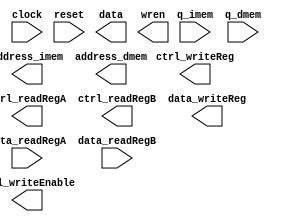
/**
 * READ THIS DESCRIPTION!
 *
 * The processor takes in several inputs from a skeleton file.
 *
 * Inputs
 * clock: this is the clock for your processor at 50 MHz
 * reset: we should be able to assert a reset to start your pc from 0 (sync or
 * async is fine)
 *
 * Imem: input data from imem
 * Dmem: input data from dmem
 * Regfile: input data from regfile
 *
 * Outputs
 * Imem: output control signals to interface with imem
 * Dmem: output control signals and data to interface with dmem
 * Regfile: output control signals and data to interface with regfile
 *
 * Notes
 *
 * Ultimately, your processor will be tested by subsituting a master skeleton, imem, dmem, so the
 * testbench can see which controls signal you active when. Therefore, there needs to be a way to
 * "inject" imem, dmem, and regfile interfaces from some external controller module. The skeleton
 * file acts as a small wrapper around your processor for this purpose.
 *
 * You will need to figure out how to instantiate two memory elements, called
 * "syncram," in Quartus: one for imem and one for dmem. Each should take in a
 * 12-bit address and allow for storing a 32-bit value at each address. Each
 * should have a single clock.
 *
 * Each memory element should have a corresponding .mif file that initializes
 * the memory element to certain value on start up. These should be named
 * imem.mif and dmem.mif respectively.
 *
 * Importantly, these .mif files should be placed at the top level, i.e. there
 * should be an imem.mif and a dmem.mif at the same level as process.v. You
 * should figure out how to point your generated imem.v and dmem.v files at
 * these MIF files.
 *
 * imem
 * Inputs:  12-bit address, 1-bit clock enable, and a clock
 * Outputs: 32-bit instruction
 *
 * dmem
 * Inputs:  12-bit address, 1-bit clock, 32-bit data, 1-bit write enable
 * Outputs: 32-bit data at the given address
 *
 */
module processor(
    // Control signals
    clock,                          // I: The master clock
    reset,                          // I: A reset signal

    // Imem
    address_imem,                   // O: The address of the data to get from imem
    q_imem,                         // I: The data from imem

    // Dmem
    address_dmem,                   // O: The address of the data to get or put from/to dmem
    data,                           // O: The data to write to dmem
    wren,                           // O: Write enable for dmem
    q_dmem,                         // I: The data from dmem

    // Regfile
    ctrl_writeEnable,               // O: Write enable for regfile
    ctrl_writeReg,                  // O: Register to write to in regfile
    ctrl_readRegA,                  // O: Register to read from port A of regfile
    ctrl_readRegB,                  // O: Register to read from port B of regfile
    data_writeReg,                  // O: Data to write to for regfile
    data_readRegA,                  // I: Data from port A of regfile
    data_readRegB                   // I: Data from port B of regfile
);
    // Control signals
    input clock, reset;

    // Imem
    output [11:0] address_imem;
    input [31:0] q_imem;

    // Dmem
    output [11:0] address_dmem;
    output [31:0] data;
    output wren;
    input [31:0] q_dmem;

    // Regfile
    output ctrl_writeEnable;
    output [4:0] ctrl_writeReg, ctrl_readRegA, ctrl_readRegB;
    output [31:0] data_writeReg;
    input [31:0] data_readRegA, data_readRegB;

    /* YOUR CODE STARTS HERE */

endmodule